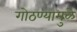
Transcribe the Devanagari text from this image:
गोठण्यामुळे